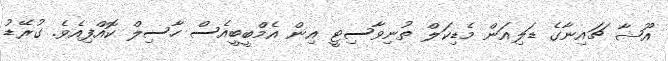
އޫޝާ ޗައިނާގެ ޑަލިއަން މެޑިކަލް ތުނިވާސިޓީ އިން އެމްބީބީއެސް ހާސިލް ކޮއްފިއެވެ. ގުރޭޑު